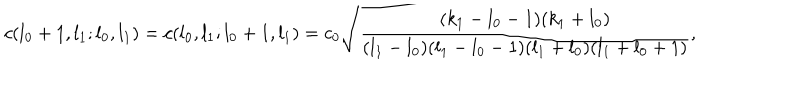
LaTeX: c ( l _ { 0 } + 1 , l _ { 1 } ; l _ { 0 } , l _ { 1 } ) = c ( l _ { 0 } , l _ { 1 } ; l _ { 0 } + 1 , l _ { 1 } ) = c _ { 0 } \sqrt { \frac { ( k _ { 1 } - l _ { 0 } - 1 ) ( k _ { 1 } + l _ { 0 } ) } { ( l _ { 1 } - l _ { 0 } ) ( l _ { 1 } - l _ { 0 } - 1 ) ( l _ { 1 } + l _ { 0 } ) ( l _ { 1 } + l _ { 0 } + 1 ) } } ,